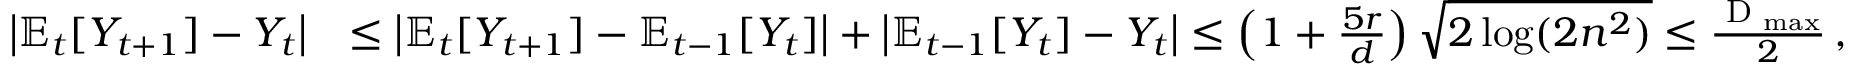
\begin{array} { r l } { \left| \mathbb E _ { t } [ Y _ { t + 1 } ] - Y _ { t } \right| } & { \leq \left| \mathbb E _ { t } [ Y _ { t + 1 } ] - \mathbb E _ { t - 1 } [ Y _ { t } ] \right| + \left| \mathbb E _ { t - 1 } [ Y _ { t } ] - Y _ { t } \right| \leq \left( 1 + \frac { 5 r } { d } \right) \sqrt { 2 \log ( 2 n ^ { 2 } ) } \leq \frac { \textrm { D } _ { \operatorname* { m a x } } } { 2 } \, , } \end{array}